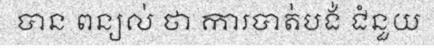
បាន ពន្យល់ ថា ការបាត់បង់ ជំនួយ